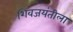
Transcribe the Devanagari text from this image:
शिवजयंतीला